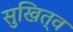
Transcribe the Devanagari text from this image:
सुखित्व